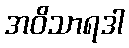
အဝိသာရဒါ